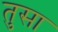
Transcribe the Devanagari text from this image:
तुसा